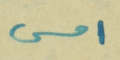
امس